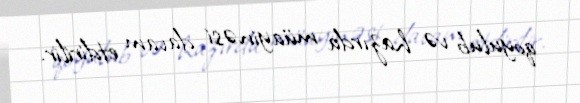
qoyulub və hazırda müayinəsi davam etdirilir.